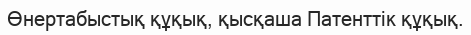
Өнертабыстық құқық, қысқаша Патенттік құқық.